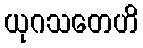
ယုဂသတေဟိ